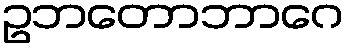
ဥဘတောဘာဂေ